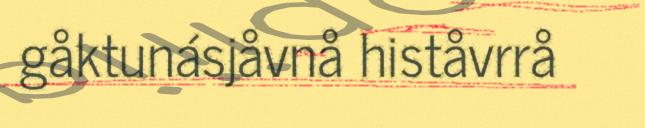
gåktunásjåvnå histåvrrå